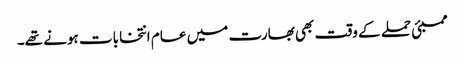
ممبئی حملے کے وقت بھی بھارت میں عام انتخابات ہونے تھے۔